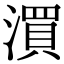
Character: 㵋